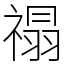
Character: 禢